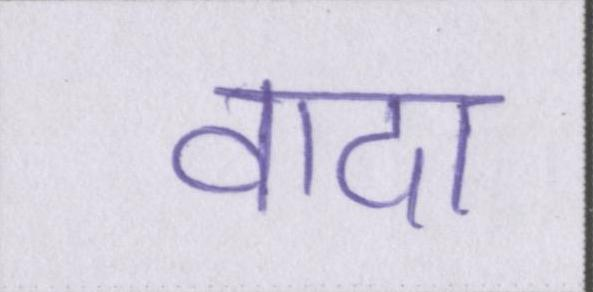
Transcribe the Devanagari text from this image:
वादा